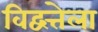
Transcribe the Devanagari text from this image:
विद्वत्तेला